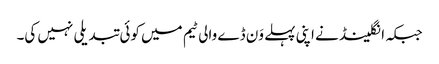
جبکہ انگلینڈ نے اپنی پہلے وَن ڈے والی ٹیم میں کوئی تبدیلی نہیں کی۔